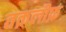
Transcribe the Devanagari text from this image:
तक़लीफ़